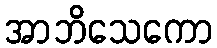
အာဘိသေကော